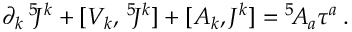
\partial _ { k } \, { } ^ { 5 } \! J ^ { k } + [ V _ { k } , \, { } ^ { 5 } \! J ^ { k } ] + [ A _ { k } , J ^ { k } ] = { } ^ { 5 } \! { \cal A } _ { a } \tau ^ { a } \: .